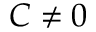
C \neq 0